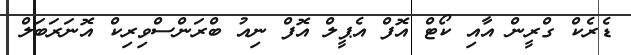
ޑެރެކް ގްރީން އާއި ކޯޓް އޮފް އެޕީލް އޮފް ނިއު ބްރަންސްވިރިކް އޮނަރަބަލް